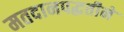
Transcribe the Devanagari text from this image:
मतदानपद्धतीने